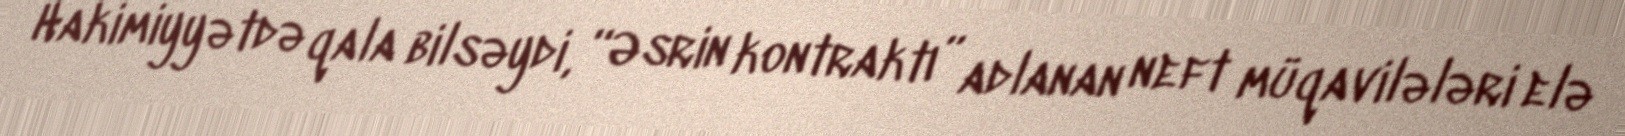
Hakimiyyətdə qala bilsəydi, “Əsrin kontraktı” adlanan neft müqavilələri elə